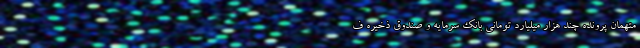
متهمان پرونده چند هزار میلیارد تومانی بانک سرمایه و صندوق ذخیره ف